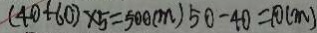
( 4 0 + 6 0 ) \times 5 = 5 0 0 ( m ) 5 0 - 4 0 = 1 0 ( m )